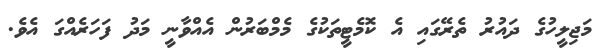
މަޖިލީހުގެ ދައުރު ތެރޭގައި އެ ކޮމެޓީތަކުގެ މެމްބަރުން އެއްވާނީ މަދު ފަހަރެއްގަ އެވެ.